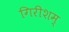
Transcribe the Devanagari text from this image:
गिरीशम्